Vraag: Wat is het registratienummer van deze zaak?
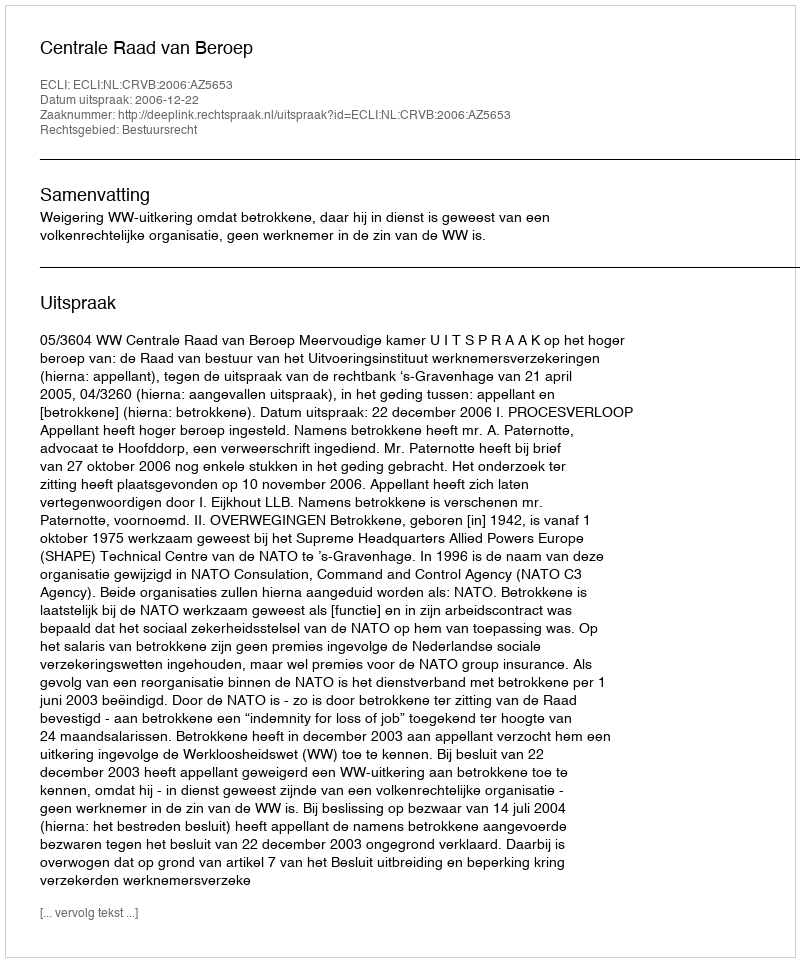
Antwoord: http://deeplink.rechtspraak.nl/uitspraak?id=ECLI:NL:CRVB:2006:AZ5653